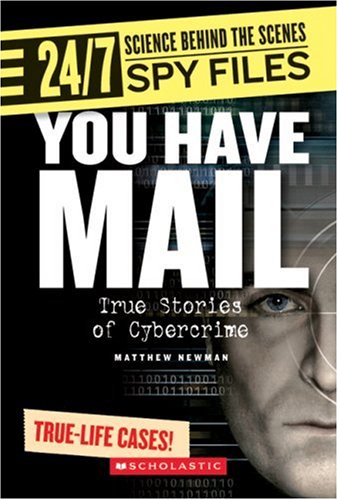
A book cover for You Have Mail: True Stories of Cybercrime (24/7: Science Behind the Scenes: Spy Files); Matthew Newman; Computers & Technology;